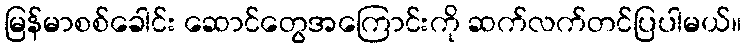
မြန်မာစစ်ခေါင်း ဆောင်တွေအကြောင်းကို ဆက်လက်တင်ပြပါမယ်။